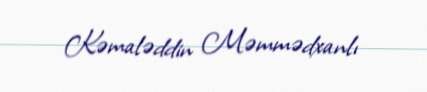
Kəmaləddin Məmmədxanlı